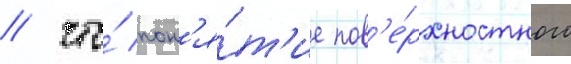
/ что́ пон'я́т'ие пов'е́рхностного